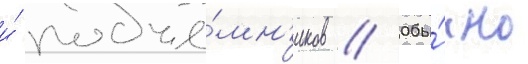
и́ подъё́мн'иков // Обы́чно